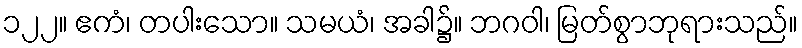
၁၂၂။ ဧကံ၊ တပါးသော။ သမယံ၊ အခါ၌။ ဘဂဝါ၊ မြတ်စွာဘုရားသည်။